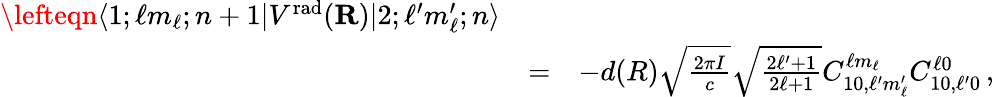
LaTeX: \begin{array}{rlr}{\lefteqn{\langle 1;\ell m_{\ell};n+1|V^{\mathrm{rad}}({\mathbf R})|2;\ell^{\prime}m_{\ell}^{\prime};n\rangle}}\\ &{=}&{-d(R)\sqrt{\frac{2\pi I}{c}}\sqrt{\frac{2\ell^{\prime}+1}{2\ell+1}}C_{10,\ell^{\prime}m_{\ell}^{\prime}}^{\ell m_{\ell}}C_{10,\ell^{\prime}0}^{\ell 0}\, ,}\end{array}